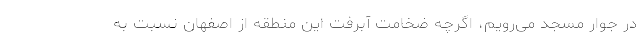
در جوار مسجد می‌رویم، اگرچه ضخامت آبرفت این منطقه از اصفهان نسبت به